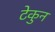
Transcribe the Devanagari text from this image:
टेकुन